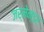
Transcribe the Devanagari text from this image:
जर्मेन्डर